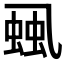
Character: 𧋜